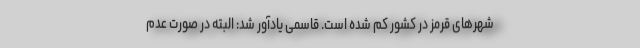
شهرهای قرمز در کشور کم شده است. قاسمی یادآور شد: البته در صورت عدم